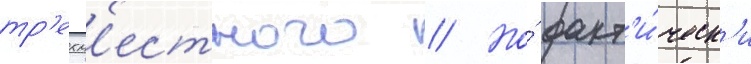
тр'ехм'естного // Но́ факт'и́ческ'и